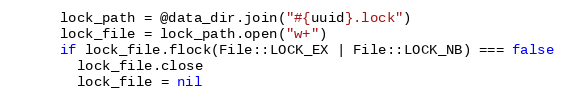
Language: Ruby
      lock_path = @data_dir.join("#{uuid}.lock")
      lock_file = lock_path.open("w+")
      if lock_file.flock(File::LOCK_EX | File::LOCK_NB) === false
        lock_file.close
        lock_file = nil